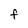
Character: f